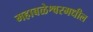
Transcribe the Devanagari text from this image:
महाबळेश्वरमधील